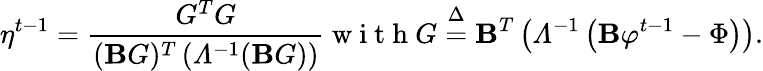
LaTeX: \eta^{t-1}=\frac{G^{T}G}{(\mathbf{B}G)^{T}\left(\varLambda^{-1}(\mathbf{B}G)\right)}\mathrm{~w~i~t~h~}G\stackrel{\Delta}{=}\mathbf{B}^{T}\left(\varLambda^{-1}\left(\mathbf{B}\varphi^{t-1}-\Phi\right)\right).